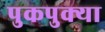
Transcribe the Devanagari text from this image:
पुकपुक्या